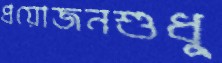
প্রয়োজনশুধু